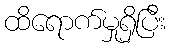
ထိရောက်မှုရှိပြီး